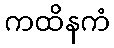
ကထိနကံ